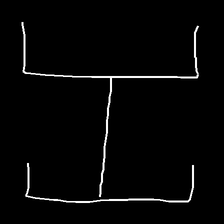
Glyph: entwine